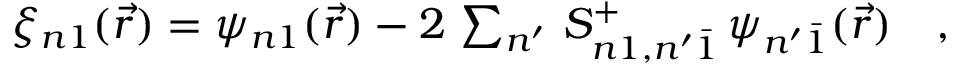
\begin{array} { r } { \xi _ { n 1 } ( \vec { r } ) = \psi _ { n 1 } ( \vec { r } ) - 2 \, \sum _ { n ^ { \prime } } \, S _ { n 1 , n ^ { \prime } \bar { 1 } } ^ { + } \, \psi _ { n ^ { \prime } \bar { 1 } } ( \vec { r } ) \quad , } \end{array}